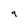
Character: 9